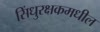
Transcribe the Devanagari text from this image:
सिंधुरक्षकमधील